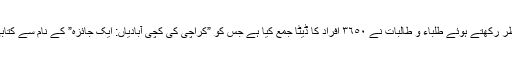
موجودہ سماجی مسائل کو مدنظر رکھتے ہوئے طلباء و طالبات نے ٣٦٥٠ افراد کا ڈیٹا جمع کیا ہے جس کو ”کراچی کی کچی آبادیاں: ایک جائزہ” کے نام سے کتابی شکل میں شائع کیا جائے گا۔